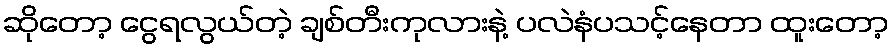
ဆိုတော့ ငွေရလွယ်တဲ့ ချစ်တီးကုလားနဲ့ ပလဲနံပသင့်နေတာ ထူးတော့